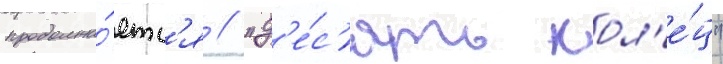
продолжа́етс'я // "д'е́с'ять кол'е́ц"